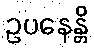
ဥပနေန္တိ